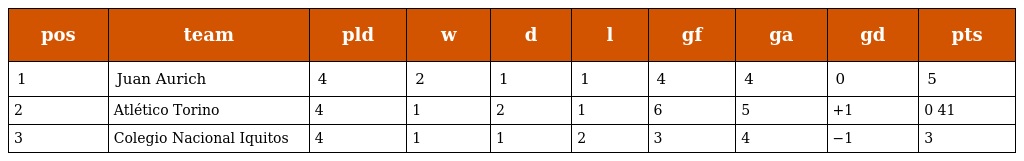
| pos | team | pld | w | d | l | gf | ga | gd | pts |
 | --- | --- | --- | --- | --- | --- | --- | --- | --- | --- |
 | 1 | Juan Aurich | 4 | 2 | 1 | 1 | 4 | 4 | 0 | 5 |
 | 2 | Atlético Torino | 4 | 1 | 2 | 1 | 6 | 5 | +1 | 0 41 |
 | 3 | Colegio Nacional Iquitos | 4 | 1 | 1 | 2 | 3 | 4 | −1 | 3 |